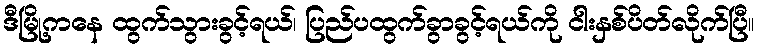
ဒီမြို့ကနေ ထွက်သွားခွင့်ရယ်၊ ပြည်ပထွက်ခွာခွင့်ရယ်ကို ငါးနှစ်ပိတ်လိုက်ပြီ။